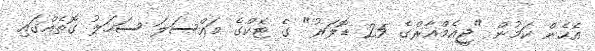
އެހެން ކަމުން "ޖީއެމްއާރްގެ 25 ޑޮލަރު" ގެ ޓެކްގެ މައްސަލަ ސަހަލު ގޮތެއްގައި